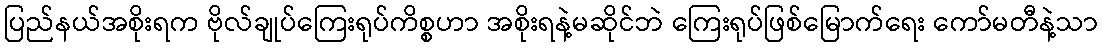
ပြည်နယ်အစိုးရက ဗိုလ်ချုပ်ကြေးရုပ်ကိစ္စဟာ အစိုးရနဲ့မဆိုင်ဘဲ ကြေးရုပ်ဖြစ်မြောက်ရေး ကော်မတီနဲ့သာ